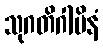
သုဂတိဂါမိနံ